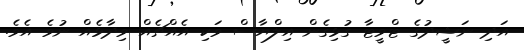
އަދި ނަޝީދުގެ ޓްވީޓާ ގުޅިގެން އިލްޔާސް ވަކި އެއްޗެއް ވިދާޅެއް ނުވެ އެވެ.